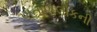
પાતાળલોકની